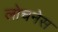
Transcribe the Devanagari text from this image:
लोचनेस